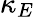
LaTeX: \kappa_{E}